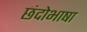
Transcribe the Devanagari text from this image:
छंदोभाषा